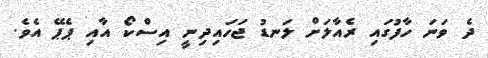
ދެ ވަނަ ހާފުގައި ރެއާލަށް ލަނޑު ޖަހައިދިނީ އިސްކޯ އާއި ޕެޕޭ އެވެ.